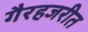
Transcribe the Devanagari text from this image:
गैरहजरीत